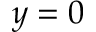
y = 0